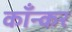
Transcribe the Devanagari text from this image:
काँन्कर